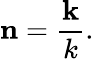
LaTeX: \mathbf{n}={\frac{\mathbf{k}}{k}}.